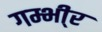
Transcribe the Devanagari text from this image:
गम्भी्र